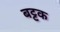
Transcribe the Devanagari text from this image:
बट्टक